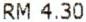
RM 4.30